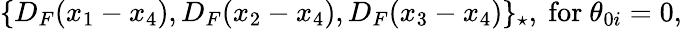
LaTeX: \{ D_{F}(x_{1}-x_{4}),D_{F}(x_{2}-x_{4}),D_{F}(x_{3}-x_{4})\} _{\star},\mathrm{~for~}\theta_{0i}=0,